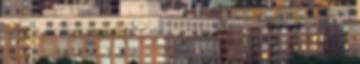
– beszámoló a Minálunk.hu-n 0 Gyere, nézz, készíts rajzfilmeket